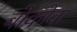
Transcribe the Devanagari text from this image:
बोकोवा